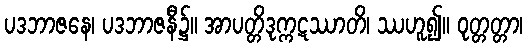
ပဒဘာဇနေ၊ ပဒဘာဇနီ၌။ အာပတ္တိဒုက္ကဋဿာတိ၊ ဿဟူ၍။ ဝုတ္တတ္တာ၊